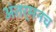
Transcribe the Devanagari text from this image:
अंतर्मनच